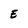
Character: E